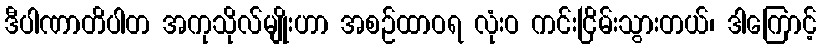
ဒီပါဏာတိပါတ အကုသိုလ်မျိုးဟာ အစဉ်ထာဝရ လုံးဝ ကင်းငြိမ်းသွားတယ်၊ ဒါကြောင့်